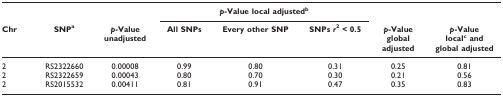
|  |  |  | <COLSPAN=3> p-Value local adjustedb |  |  |
 | Chr | SNPa | p-Value unadjusted | All SNPs | Every other SNP | SNPs r2 < 0.5 | p-Value global adjusted | p-Value localc and global adjusted |
 | --- | --- | --- | --- | --- | --- | --- | --- |
 | 2 | RS2322660 | 0.00008 | 0.99 | 0.80 | 0.31 | 0.25 | 0.81 |
 | 2 | RS2322659 | 0.00043 | 0.80 | 0.70 | 0.30 | 0.21 | 0.56 |
 | 2 | RS2015532 | 0.00411 | 0.81 | 0.91 | 0.47 | 0.35 | 0.83 |